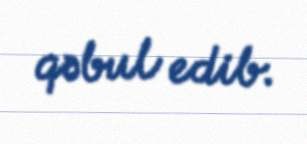
qəbul edib.